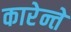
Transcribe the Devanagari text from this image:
कारेन्ते